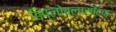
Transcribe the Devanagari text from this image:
डिप्लोब्लासटिक